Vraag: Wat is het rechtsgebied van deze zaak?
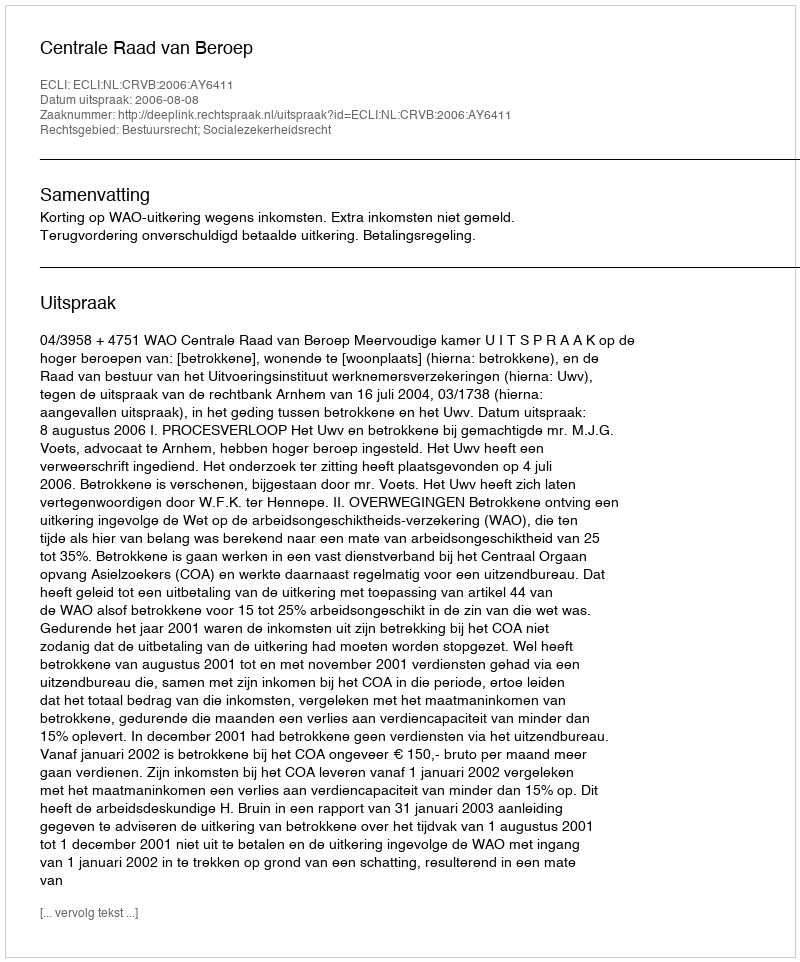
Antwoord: Bestuursrecht; Socialezekerheidsrecht